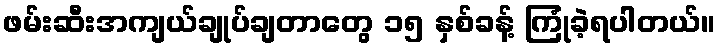
ဖမ်းဆီးအကျယ်ချုပ်ချတာတွေ ၁၅ နှစ်ခန့် ကြုံခဲ့ရပါတယ်။